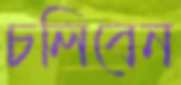
চলিবেন